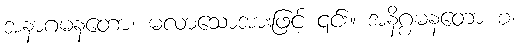
အနာဂမနတော၊ မလာသောအားဖြင့် ၎င်း။ အနိဂ္ဂမနတော စ၊